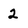
Character: 2